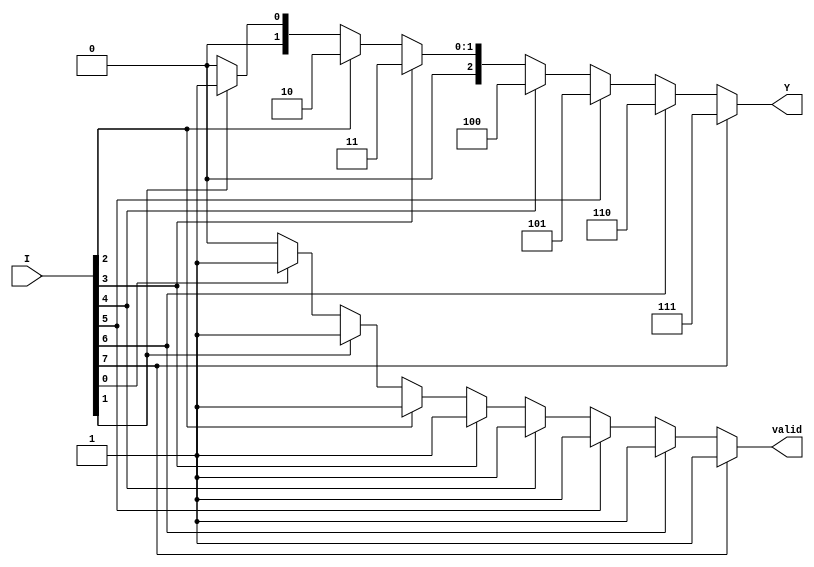
module priority_encoder_8to3 (
    input wire [7:0] I,    // 8 input lines
    output reg [2:0] Y,    // 3-bit output
    output reg valid        // Active flag (1 if any input is active)
);

always @(*) begin
    // Default values
    Y = 3'b000;             // Default output
    valid = 0;              // Default valid flag
    
    // Priority encoding logic
    if (I[7]) begin
        Y = 3'd7;           // I7 is active
        valid = 1;
    end else if (I[6]) begin
        Y = 3'd6;           // I6 is active
        valid = 1;
    end else if (I[5]) begin
        Y = 3'd5;           // I5 is active
        valid = 1;
    end else if (I[4]) begin
        Y = 3'd4;           // I4 is active
        valid = 1;
    end else if (I[3]) begin
        Y = 3'd3;           // I3 is active
        valid = 1;
    end else if (I[2]) begin
        Y = 3'd2;           // I2 is active
        valid = 1;
    end else if (I[1]) begin
        Y = 3'd1;           // I1 is active
        valid = 1;
    end else if (I[0]) begin
        Y = 3'd0;           // I0 is active
        valid = 1;
    end
end

endmodule